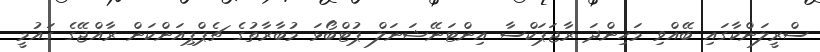
ސްރީލަންކާގައި ބޭއްވި މަހިންދަ ރާޖަޕަކްސާ އިންޓަނޭޝަނަލް ޕުޓްބޯޅަ މުބާރާތުގެ ޗެޕްޕިއަންކަން ރާއްޖޭގެ ގައުމީ